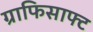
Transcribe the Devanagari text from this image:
ग्राफिसाफ्ट